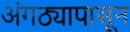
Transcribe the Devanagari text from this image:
अंगठ्यापासून